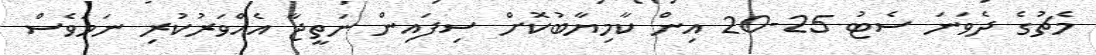
މެޗުގެ ދެވަނަ ސެޓު 25-20 އިން ކާމިޔާބުކޮށް ސިފައިން ނަތީޖާ އެއްވަރުކުރި ނަމަވެސް